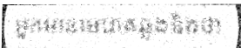
អ្នកមានមេរោគឆ្លងនិងថា